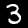
Digit: 3